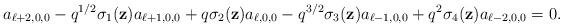
LaTeX: \begin{align*}a_{\ell+2,0,0}-{q}^{1/2}\sigma_1(\textbf{z})a_{\ell+1,0,0}+q\sigma_2(\textbf{z})a_{\ell,0,0}-q^{3/2}\sigma_3(\textbf{z})a_{\ell-1,0,0}+q^2\sigma_4(\textbf{z})a_{\ell-2,0,0}=0.\end{align*}